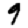
Digit: 9